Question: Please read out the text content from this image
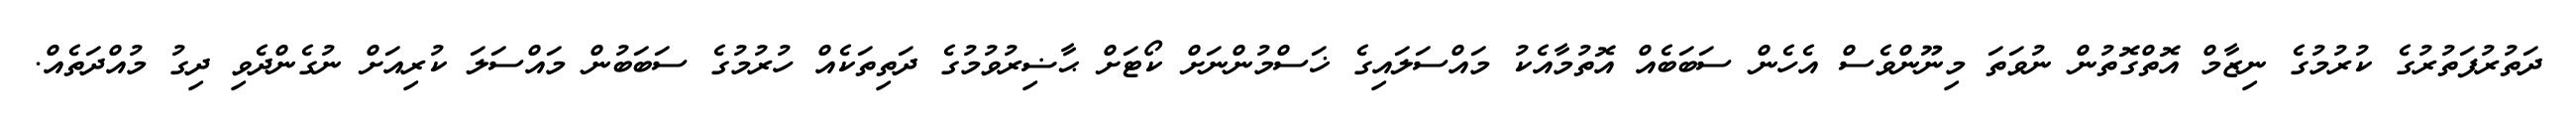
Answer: ދަތުރުފަތުރުގެ ކުރުމުގެ ނިޒާމް އޮތްގޮތުން ނުވަތަ މިނޫންވެސް އެހެން ސަބަބެއް އޮތުމާއެކު މައްސަލައިގެ ޚަސްމުންނަށް ކޯޓަށް ޙާޟިރުވުމުގެ ދަތިތަކެއް ހުރުމުގެ ސަބަބުން މައްސަލަ ކުރިއަށް ނުގެންދެވި ދިގު މުއްދަތެއް.